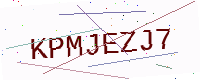
Text: KPMJEZJ7